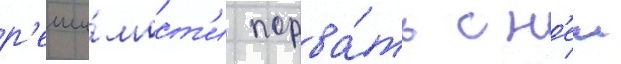
р'еши́мост'и порва́ть с н'еи